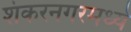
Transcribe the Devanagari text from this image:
शंकरनगरमध्ये